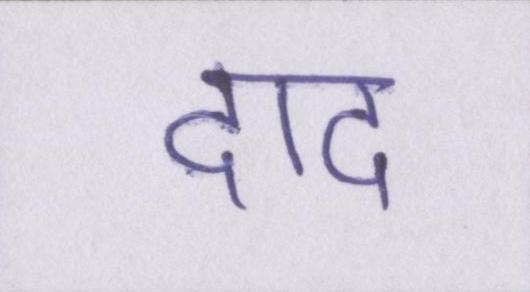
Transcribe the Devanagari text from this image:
दाद